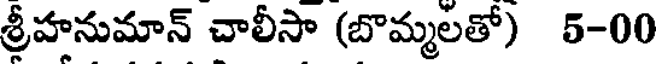
శ్రీహనుమాన్ చాలీసా (బొమ్మలతో) 5-00